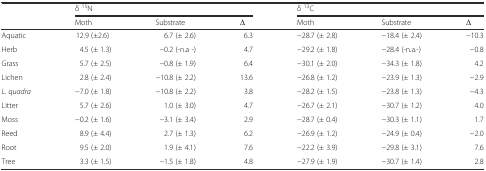
<table><thead><tr><td rowspan="2"></td><td colspan="3"><b>δ <sup>15</sup>N</b></td><td colspan="3"><b>δ <sup>13</sup>C</b></td></tr><tr><td><b>Moth</b></td><td><b>Substrate</b></td><td><b>Δ</b></td><td><b>Moth</b></td><td><b>Substrate</b></td><td><b>Δ</b></td></tr></thead><tbody><tr><td>Aquatic</td><td>12.9 (±2.6)</td><td>6.7 (± 2.6)</td><td>6.3</td><td>−28.7 (± 2.8)</td><td>−18.4 (± 2.4)</td><td>−10.3</td></tr><tr><td>Herb</td><td>4.5 (± 1.3)</td><td>−0.2 (-n.a -)</td><td>4.7</td><td>−29.2 (± 1.8)</td><td>−28.4 (-n.a.-)</td><td>−0.8</td></tr><tr><td>Grass</td><td>5.7 (± 2.5)</td><td>−0.8 (± 1.9)</td><td>6.4</td><td>−30.1 (± 2.0)</td><td>−34.3 (± 1.8)</td><td>4.2</td></tr><tr><td>Lichen</td><td>2.8 (± 2.4)</td><td>−10.8 (± 2.2)</td><td>13.6</td><td>−26.8 (± 1.2)</td><td>−23.9 (± 1.3)</td><td>−2.9</td></tr><tr><td><i>L. quadra</i></td><td>−7.0 (± 1.8)</td><td>−10.8 (± 2.2)</td><td>3.8</td><td>−28.2 (± 1.5)</td><td>−23.8 (± 1.3)</td><td>−4.3</td></tr><tr><td>Litter</td><td>5.7 (± 2.6)</td><td>1.0 (± 3.0)</td><td>4.7</td><td>−26.7 (± 2.1)</td><td>−30.7 (± 1.2)</td><td>4.0</td></tr><tr><td>Moss</td><td>−0.2 (± 1.6)</td><td>−3.1 (± 3.4)</td><td>2.9</td><td>−28.7 (± 0.4)</td><td>−30.3 (± 1.1)</td><td>1.7</td></tr><tr><td>Reed</td><td>8.9 (± 4.4)</td><td>2.7 (± 1.3)</td><td>6.2</td><td>−26.9 (± 1.2)</td><td>−24.9 (± 0.4)</td><td>−2.0</td></tr><tr><td>Root</td><td>9.5 (± 2.0)</td><td>1.9 (± 4.1)</td><td>7.6</td><td>−22.2 (± 3.9)</td><td>−29.8 (± 3.1)</td><td>7.6</td></tr><tr><td>Tree</td><td>3.3 (± 1.5)</td><td>−1.5 (± 1.8)</td><td>4.8</td><td>−27.9 (± 1.9)</td><td>−30.7 (± 1.4)</td><td>2.8</td></tr></tbody></table>